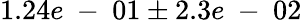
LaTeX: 1.24e\mathrm{~-~}01\pm 2.3e\mathrm{~-~}02